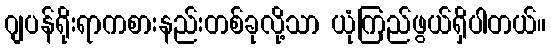
ဂျပန်ရိုးရာကစားနည်းတစ်ခုလို့သာ ယုံကြည်ဖွယ်ရှိပါတယ်။